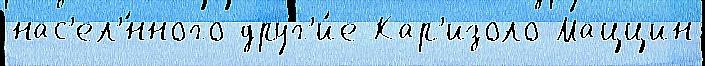
нас'ел'́нного друг'и́е Кар'изоло Маццин